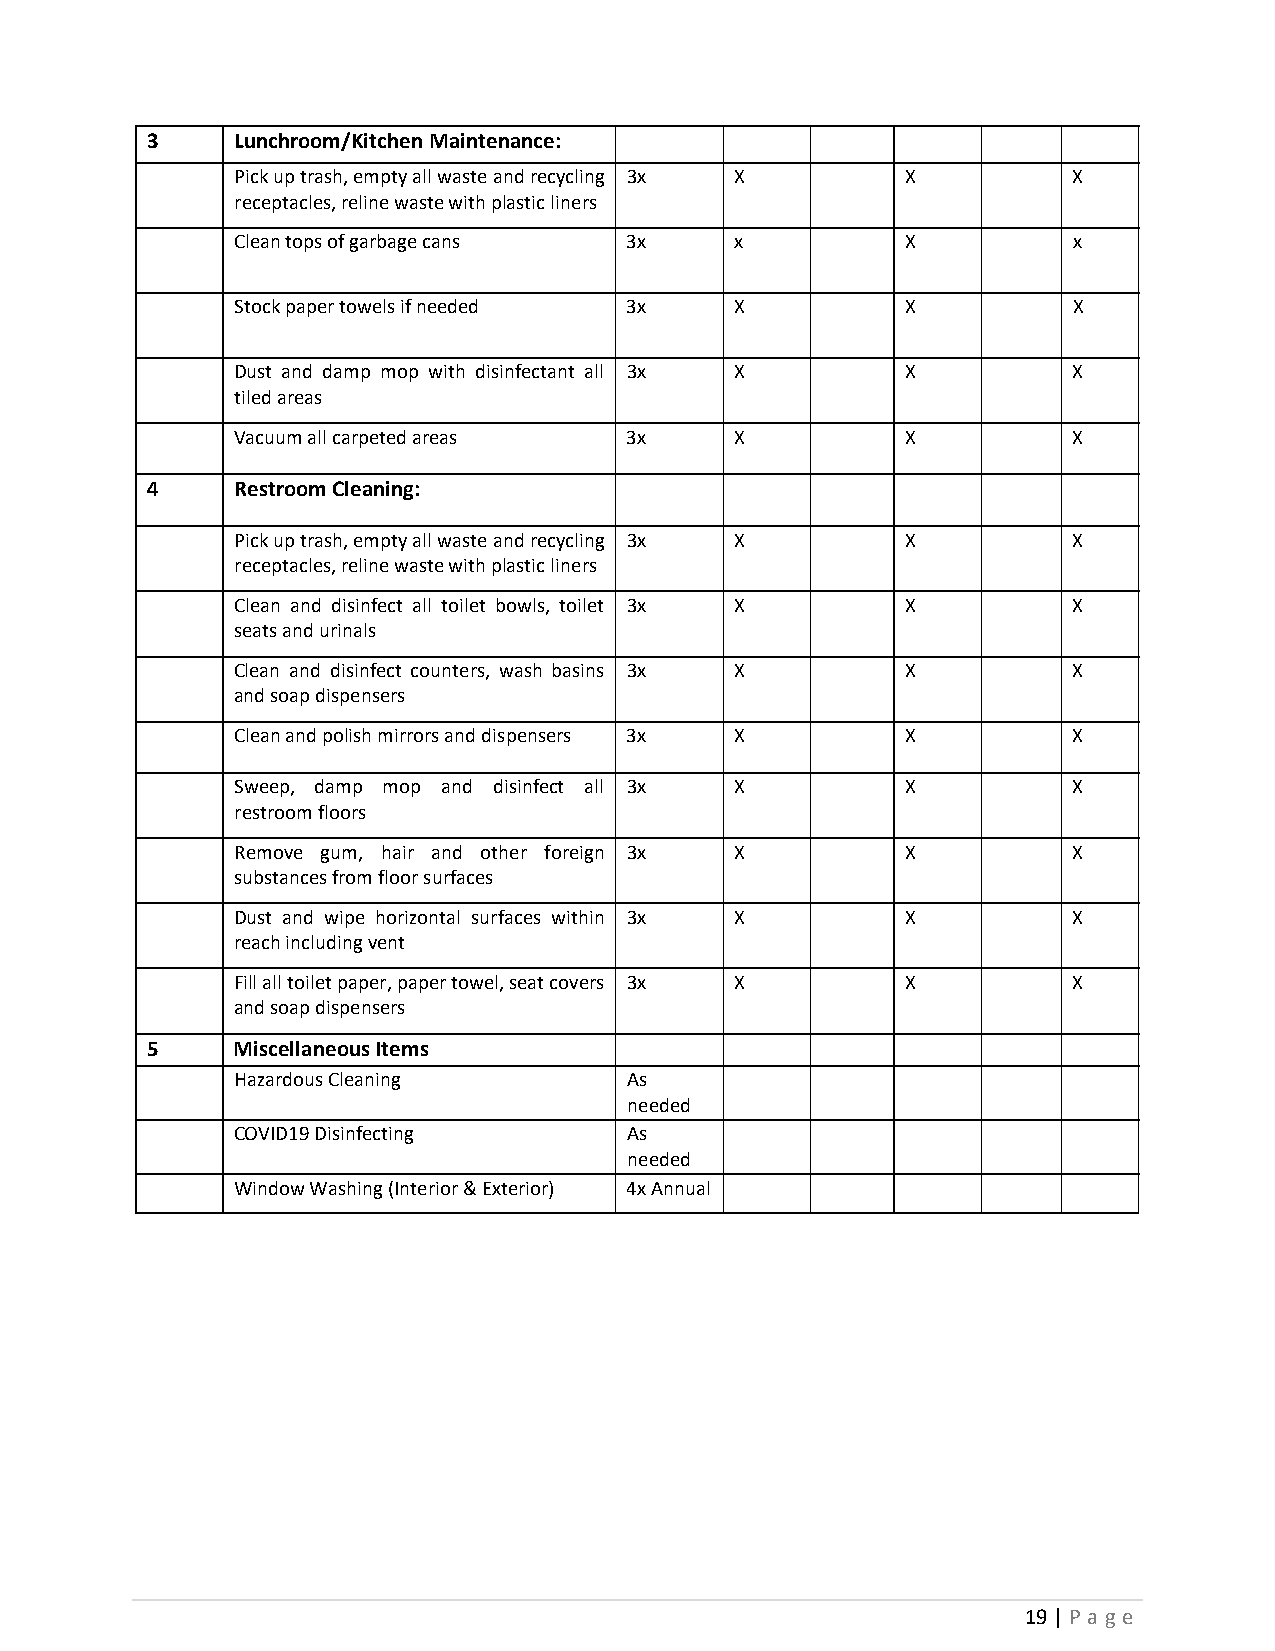
3     Lunchroom/Kitchen Maintenance:
 Pick up trash, empty all waste and recycling 3x X X    X
 receptacles, reline waste with plastic liners
 Clean tops of garbage cans 3x    x          X          x
 Stock paper towels if needed 3x  X          X          X
 Dust and damp mop with disinfectant all 3x X X         X
 tiled areas
 Vacuum all carpeted areas 3x     X          X          X
 4     Restroom Cleaning:
 Pick up trash, empty all waste and recycling 3x X X    X
 receptacles, reline waste with plastic liners
 Clean and disinfect all toilet bowls, toilet 3x X X    X
 seats and urinals
 Clean and disinfect counters, wash basins 3x X X       X
 and soap dispensers
 Clean and polish mirrors and dispensers 3x X X         X
 Sweep, damp mop and disinfect all 3x X      X          X
 restroom floors
 Remove gum, hair and other foreign 3x X     X          X
 substances from floor surfaces
 Dust and wipe horizontal surfaces within 3x X X        X
 reach including vent
 Fill all toilet paper, paper towel, seat covers 3x X X X
 and soap dispensers
 5     Miscellaneous Items
 Hazardous Cleaning        As
 needed
 COVID19 Disinfecting      As
 needed
 Window Washing (Interior & Exterior) 4x Annual
 19 | P a g e